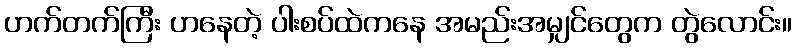
ဟက်တက်ကြီး ဟနေတဲ့ ပါးစပ်ထဲကနေ အမည်းအမျှင်တွေက တွဲလောင်း။